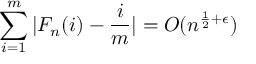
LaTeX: \sum _ { i = 1 } ^ { m } | F _ { n } ( i ) - { \frac { i } { m } } | = O ( n ^ { { \frac { 1 } { 2 } } + \epsilon } )